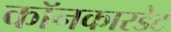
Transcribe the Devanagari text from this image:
कॉनकारडेट